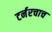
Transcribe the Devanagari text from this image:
टर्नरचाच